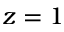
z = 1